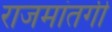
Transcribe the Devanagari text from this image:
राजमांतगी